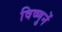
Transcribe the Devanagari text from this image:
विष्णुनें